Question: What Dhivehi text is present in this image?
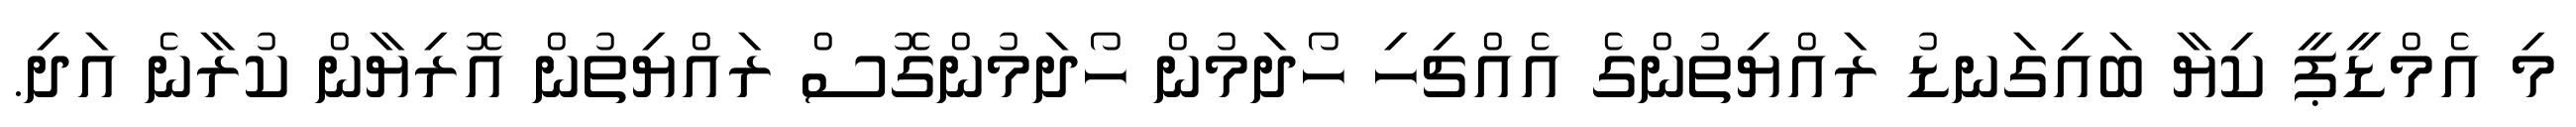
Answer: މި އެމްޑީޕީ ކިޔާ ބައިގަނޑު ރައްޔިތުންގެ އެއްޗިހި ހޯދަމުން ހޯދަމުންގޮސް ރައްޔިތުން އޮރިޔާން ކުރާނެ އަދި.